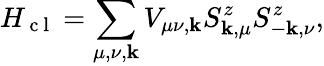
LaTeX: H_{\mathrm{~c~l~}}=\sum_{\mu,\nu,\mathbf{k}}V_{\mu\nu,\mathbf{k}}S_{\mathbf{k},\mu}^{z}S_{-\mathbf{k},\nu}^{z},